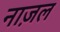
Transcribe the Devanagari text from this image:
नाज़ल